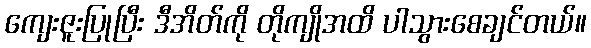
ကျေးဇူးပြုပြီး ဒီအိတ်ကို တိုကျိုအထိ ပါသွားစေချင်တယ်။